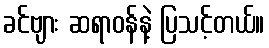
ခင်ဗျား ဆရာဝန်နဲ့ ပြသင့်တယ်။